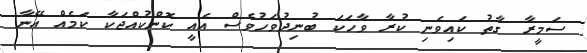
ސަމީރާ ގާތު ކައިވެނި ކުރާ ވާހަކަ ބުނިދުވަހުވެސް އެއީ ކޮންކުއްޖަކާ ކަމެއް އޭނާ